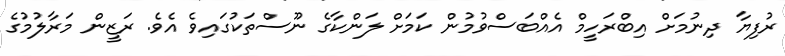
ރުފިޔާ ދިނުމަށް އިބްރަހީމް އެއްބަސްވުމުން ކަމަށް ލަންކާގެ ނޫސްތަކުގައިވެ އެވެ. ރަޒީން މަރާލުމުގެ